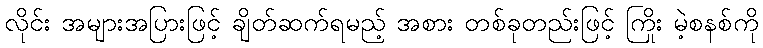
လိုင်း အများအပြားဖြင့် ချိတ်ဆက်ရမည့် အစား တစ်ခုတည်းဖြင့် ကြိုး မဲ့စနစ်ကို